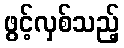
ဖွင့်လှစ်သည့်